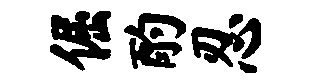
倔酌忍